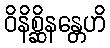
ဝိနိစ္ဆိနန္တေဟိ